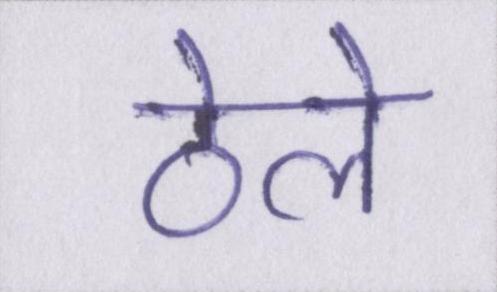
ठेले